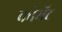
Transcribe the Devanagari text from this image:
कोमॅट